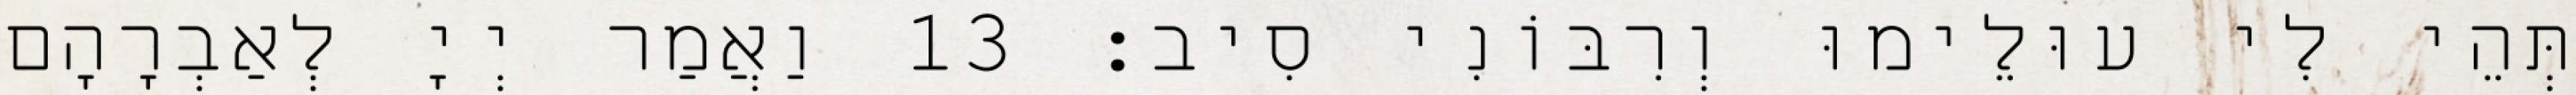
תְּהֵי לִי עוּלֵימוּ וְרִבּוֹנִי סִיב׃ 13 וַאֲמַר יְיָ לְאַבְרָהָם